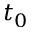
t _ { 0 }